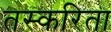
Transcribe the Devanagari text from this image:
तस्करिता